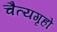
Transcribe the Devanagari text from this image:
चैत्यगृहों